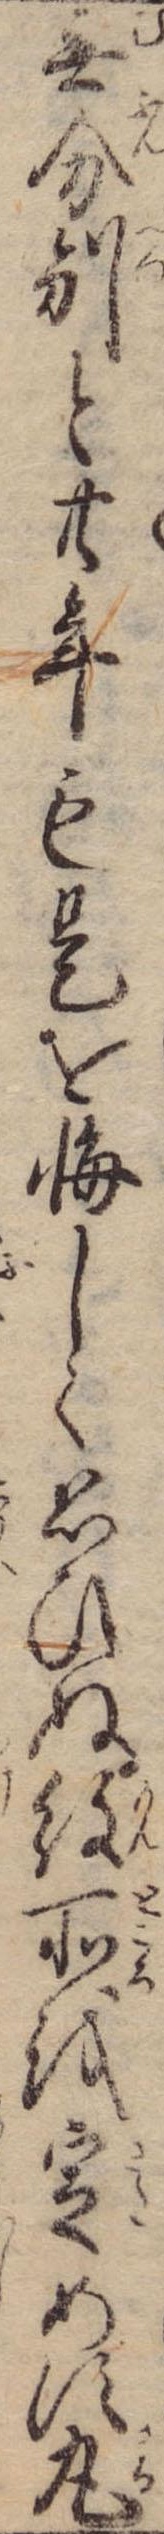
無分別と廿年も是を悔しく思ひぬ紋所を定めず丸